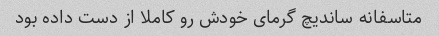
متاسفانه ساندیچ گرمای خودش رو کاملا از دست داده بود